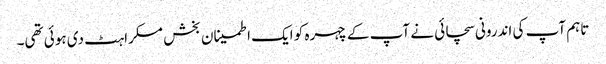
تاہم آپ کی اندرونی سچائی نے آپ کے چہرہ کو ایک اطمینان بخش مسکراہٹ دی ہوئی تھی۔